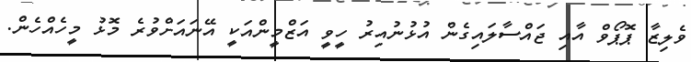
ވެލިޒާ ޕޮޕޯވް އާއި ޖައްސާލައިގެން އުޅުނުއިރު ހީވީ އަޒްމީންއަކީ އޭނައަށްވުރެ މޮޅު މީހެެއްހެން.